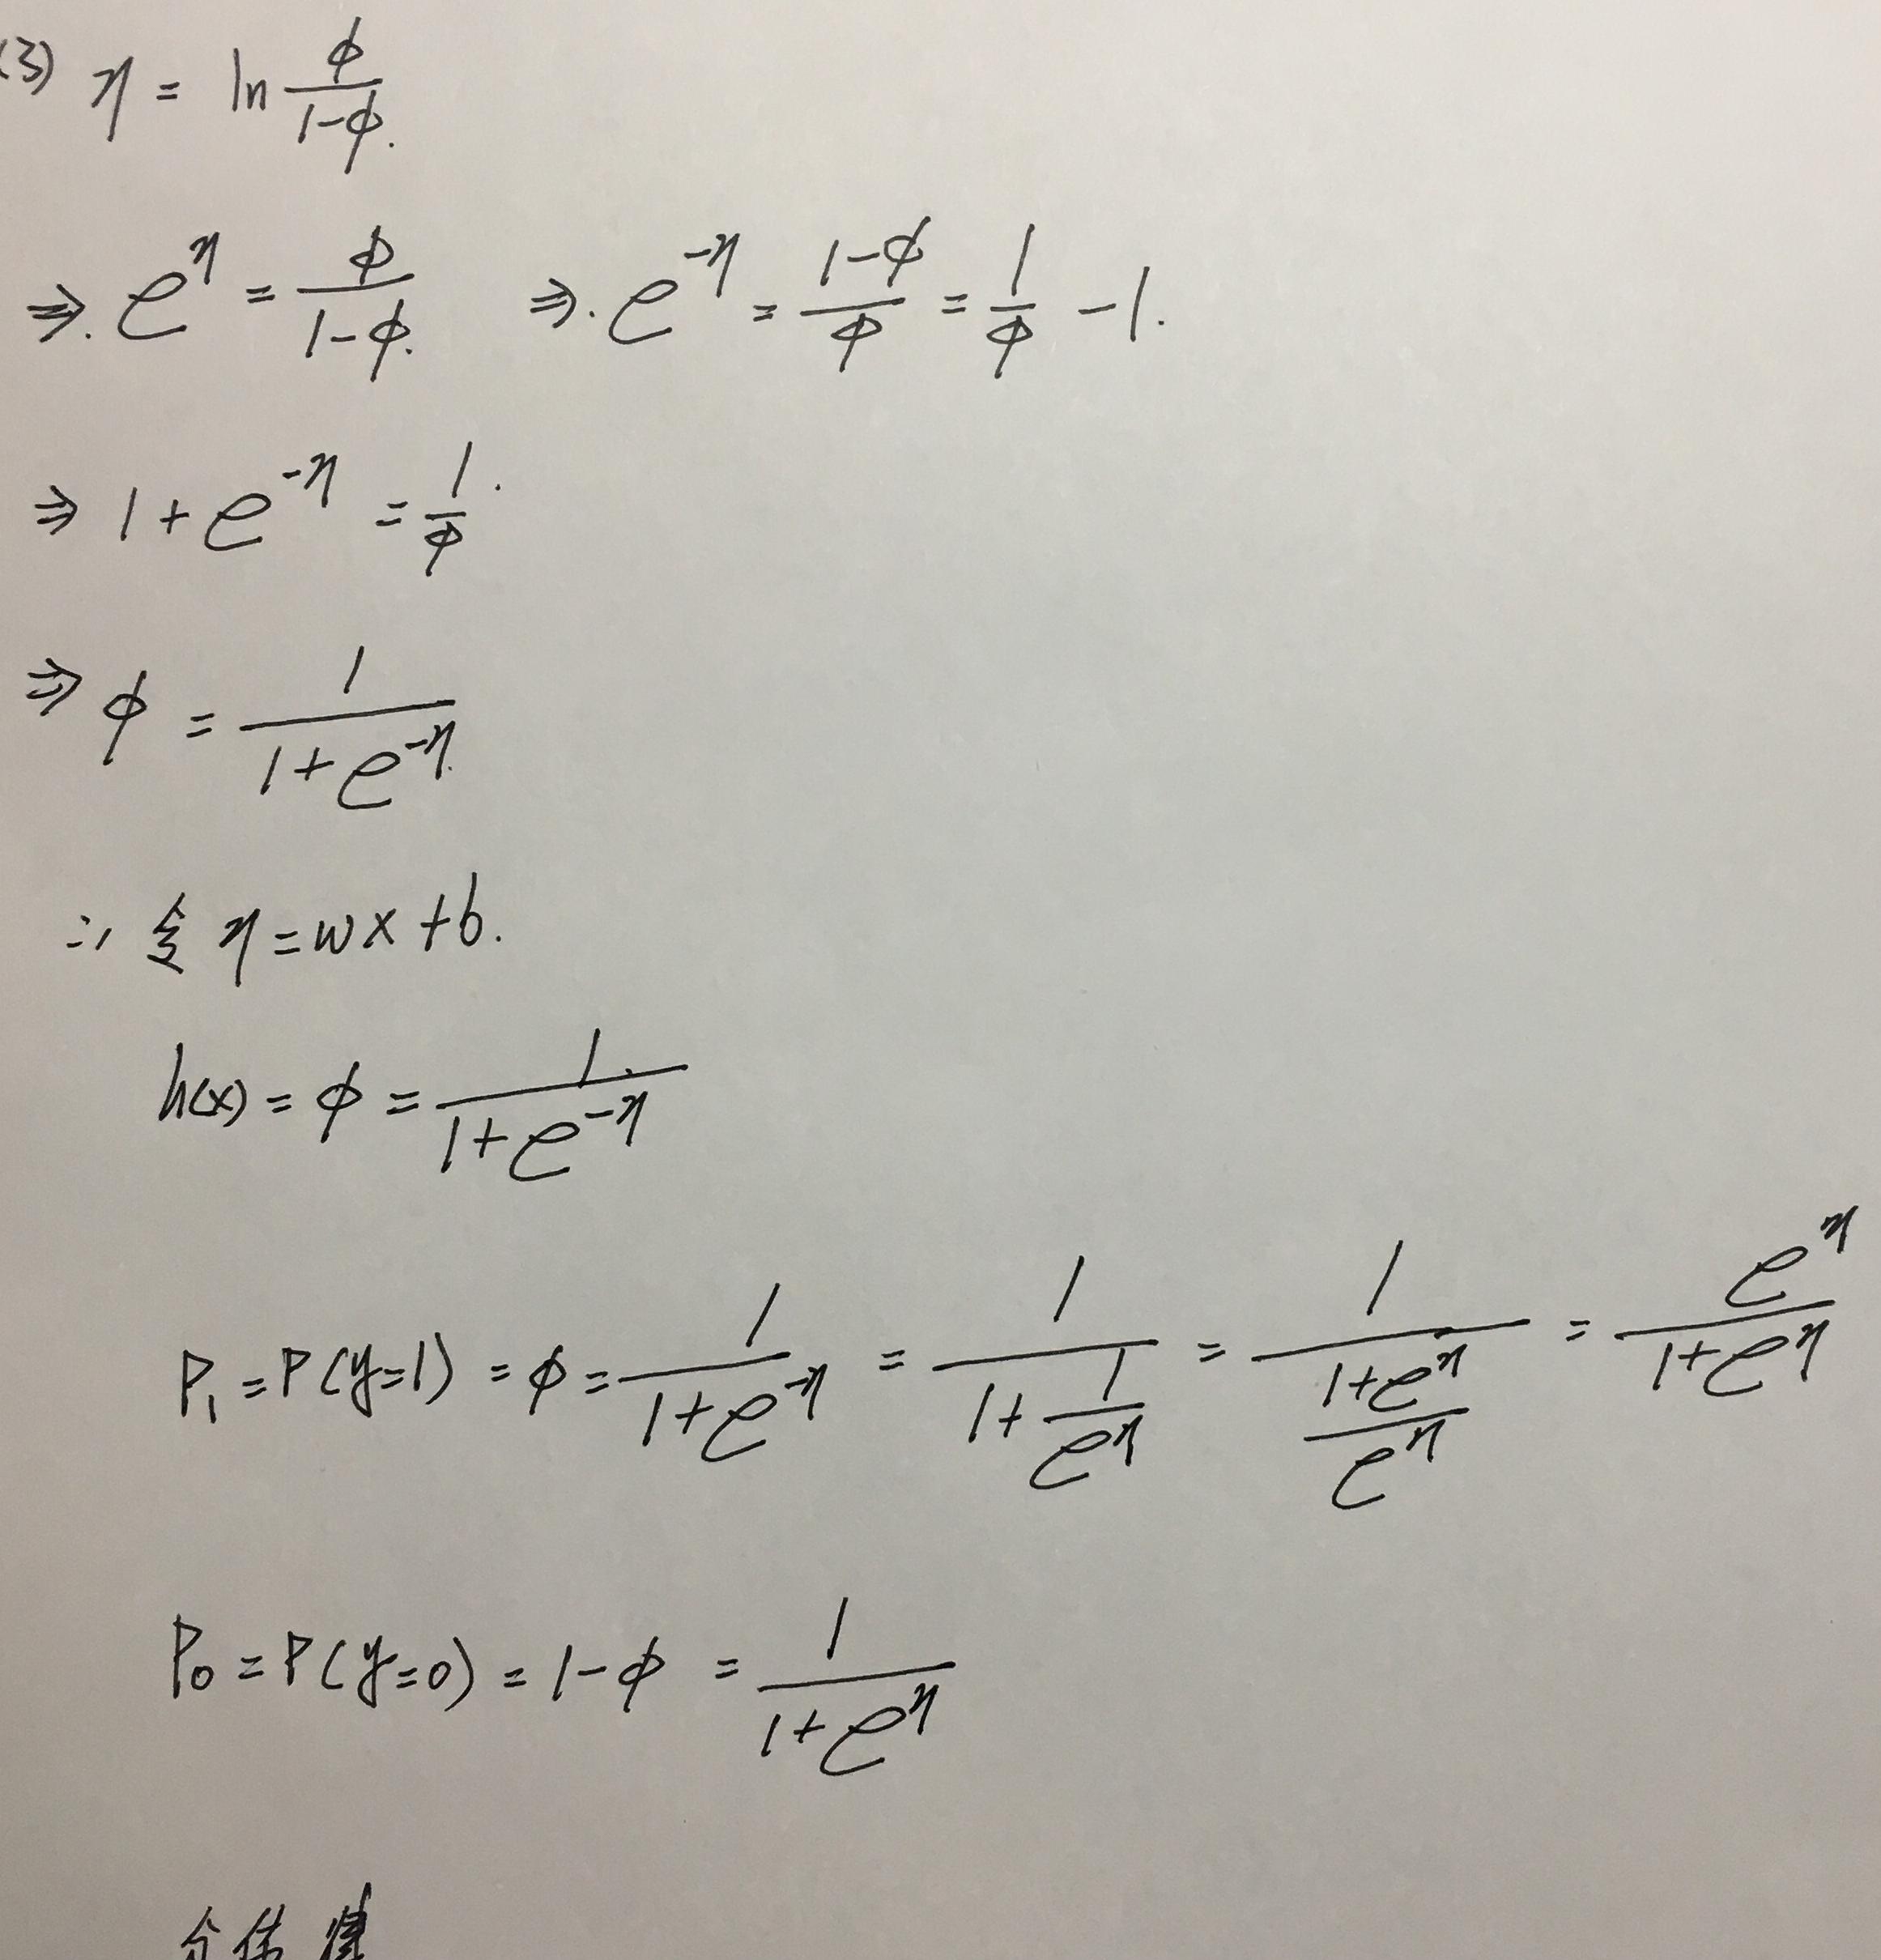
\begin{align*}
(3)\ \eta&=\ln\frac{\phi}{1 - \phi}\\
\Rightarrow e^{\eta}&=\frac{\phi}{1 - \phi}\quad\Rightarrow e^{-\eta}=\frac{1 - \phi}{\phi}=\frac{1}{\phi}-1\\
\Rightarrow 1 + e^{-\eta}&=\frac{1}{\phi}\\
\Rightarrow\phi&=\frac{1}{1 + e^{-\eta}}\\
\therefore \text{令 }\eta&=wx + b\\
h(x)=\phi&=\frac{1}{1 + e^{-\eta}}\\
P_1 = P(y = 1)&=\phi=\frac{1}{1 + e^{-\eta}}=\frac{1}{1+\frac{1}{e^{\eta}}}=\frac{1}{\frac{1 + e^{\eta}}{e^{\eta}}}=\frac{e^{\eta}}{1 + e^{\eta}}\\
P_0 = P(y = 0)&=1-\phi=\frac{1}{1 + e^{\eta}}
\end{align*}